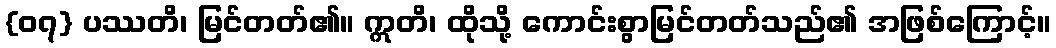
{၀၇} ပဿတိ၊ မြင်တတ်၏။ ဣတိ၊ ထိုသို့ ကောင်းစွာမြင်တတ်သည်၏ အဖြစ်ကြောင့်။